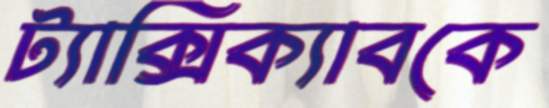
ট্যাক্সিক্যাবকে